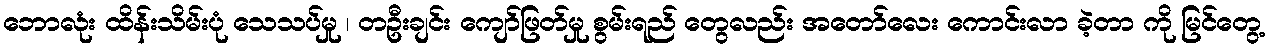
ဘောလုံး ထိန်းသိမ်းပုံ သေသပ်မှု ၊ တဦးချင်း ကျော်ဖြတ်မှု စွမ်းရည် တွေလည်း အတော်လေး ကောင်းလာ ခဲ့တာ ကို မြင်တွေ့